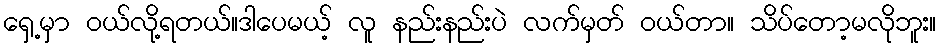
ရှေ့မှာ ဝယ်လို့ရတယ်။ဒါပေမယ့် လူ နည်းနည်းပဲ လက်မှတ် ဝယ်တာ။ သိပ်တော့မလိုဘူး။